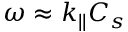
\omega \approx k _ { | | } C _ { s }